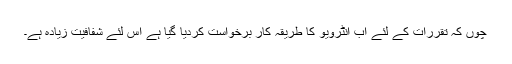
چوں کہ تقررات کے لئے اب انٹرویو کا طریقہ کار برخواست کردیا گیا ہے اس لئے شفافیت زیادہ ہے۔